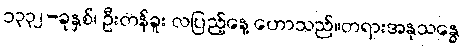
၁၃၃၂-ခုနှစ်၊ ဦးတန်ခူး လပြည့်နေ့ ဟောသည်။တရားအနုသန္ဓေ